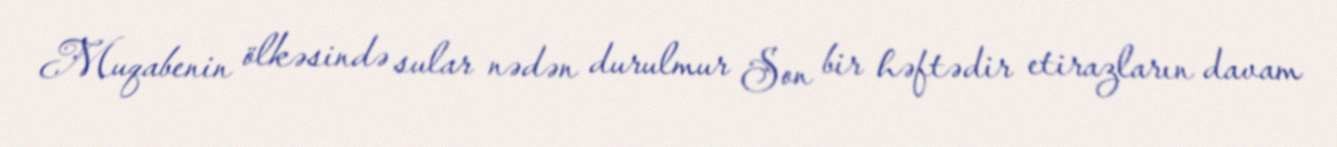
Muqabenin ölkəsində sular nədən durulmur Son bir həftədir etirazların davam